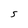
Character: 5